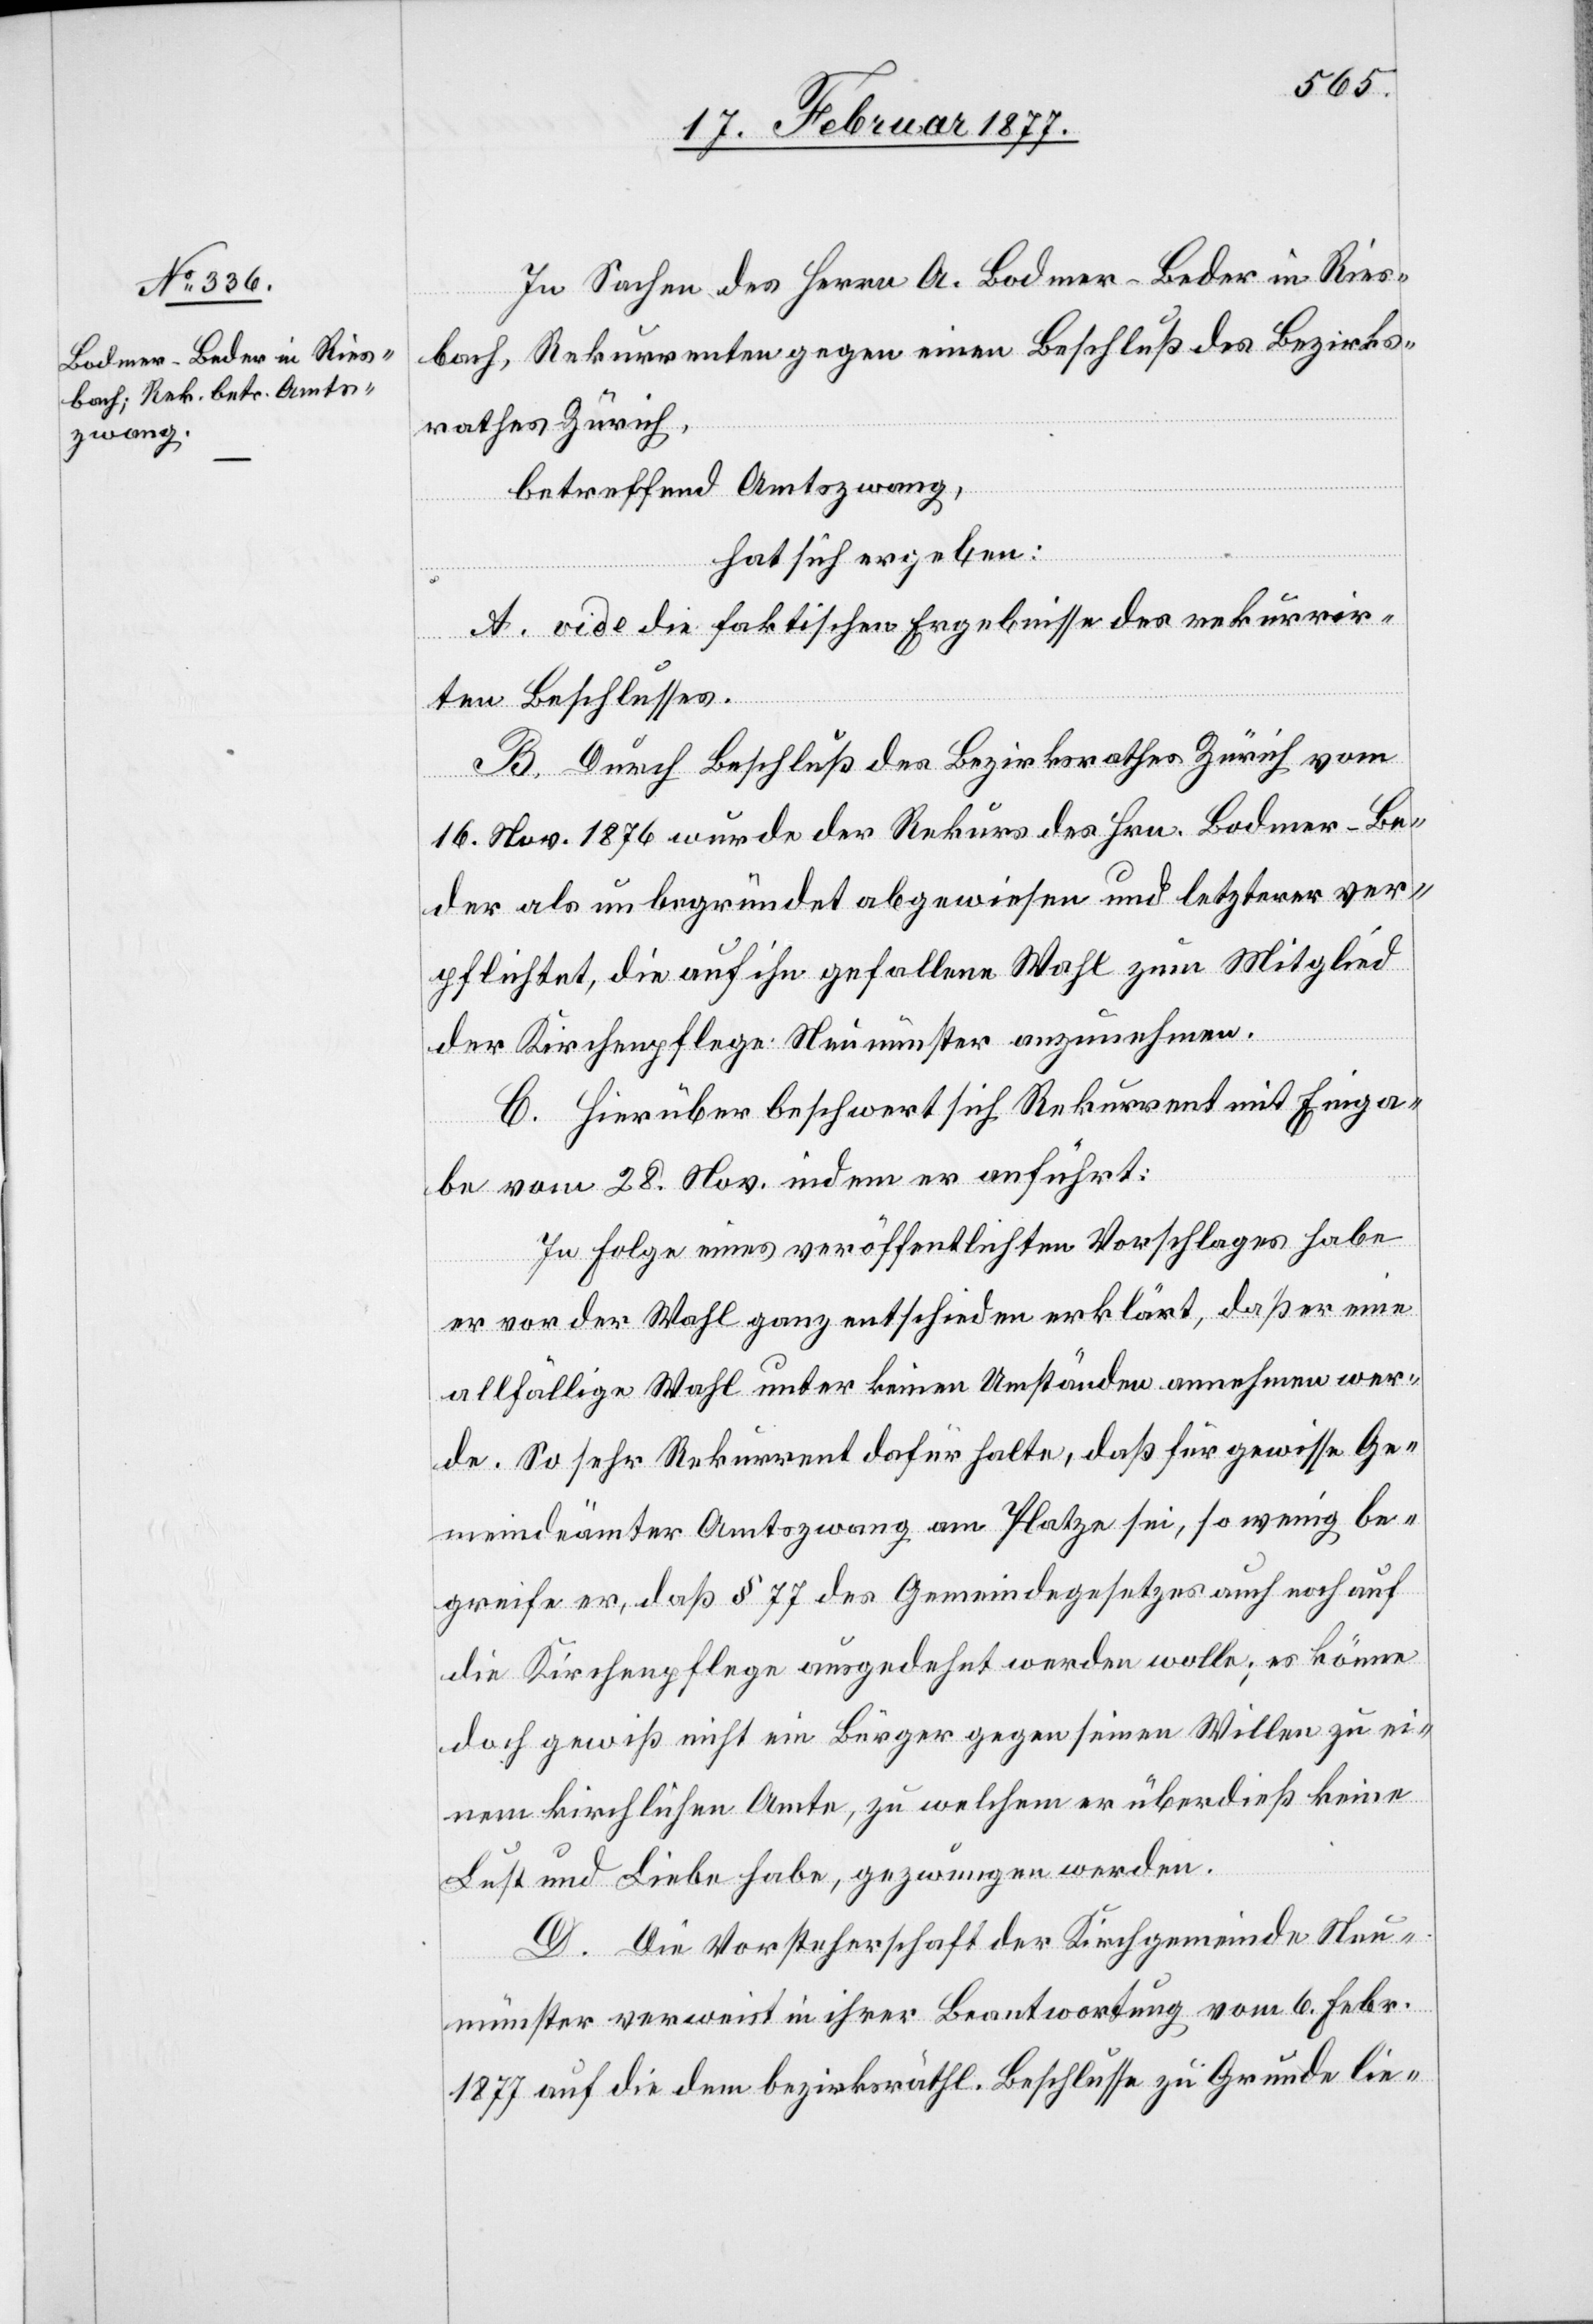
In Sachen des Herrn A. Bodmer-Beder in Ries¬
bach, Rekurrenten gegen einen Beschluß des Bezirks¬
rathes Zürich,
betreffend Amtszwang,
hat sich ergeben:
A. vide die faktischen Ergebnisse des rekurrir¬
ten Beschlusses.
B. Durch Beschluß des Bezirksrathes Zürich vom
16. Nov. 1876 wurde der Rekurs des Hrn. Bodmer-Be¬
der als unbegründet abgewiesen und letzterer ver¬
pflichtet, die auf ihn gefallene Wahl zum Mitglied
der Kirchenpflege Neumünster anzunehmen.
C. Hierüber beschwert sich Rekurrent mit Einga¬
be vom 28. Nov. indem er anführt:
In Folge eines veröffentlichten Vorschlages habe
er vor der Wahl ganz entschieden erklärt, daß er eine
allfällige Wahl unter keinen Umständen annehmen wer¬
de. So sehr Rekurrent dafür halte, daß für gewisse Ge¬
meindeämter Amtszwang am Platze sei, so wenig be¬
greife er, daß § 77 des Gemeindegesetzes auch noch auf
die Kirchenpflege ausgedehnt werden wolle; es könne
doch gewiß nicht ein Bürger gegen seinen Willen zu ei¬
nem kirchlichen Amte, zu welchem er überdieß keine
Lust und Liebe habe, gezwungen werden.
D. Die Vorsteherschaft der Kirchgemeinde Neu¬
münster verweist in ihrer Beantwortung vom 6. Febr.
1877 auf die dem bezirksräthl. Beschlusse zu Grunde lie-